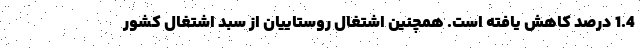
1.4 درصد کاهش یافته است. همچنین اشتغال روستاییان از سبد اشتغال کشور